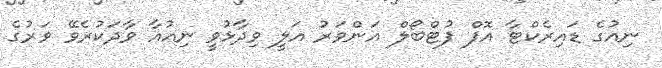
ނިއުގެ ޑައިރެކްޓާ އޮފް ފުޓްބޯލް އަންވަރު އަލީ ވިދާޅުވީ ނިއުއާ ވާދަކުރެވޭ ވަރުގެ